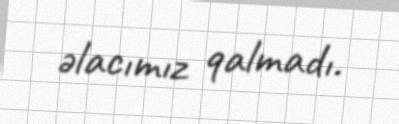
əlacımız qalmadı.